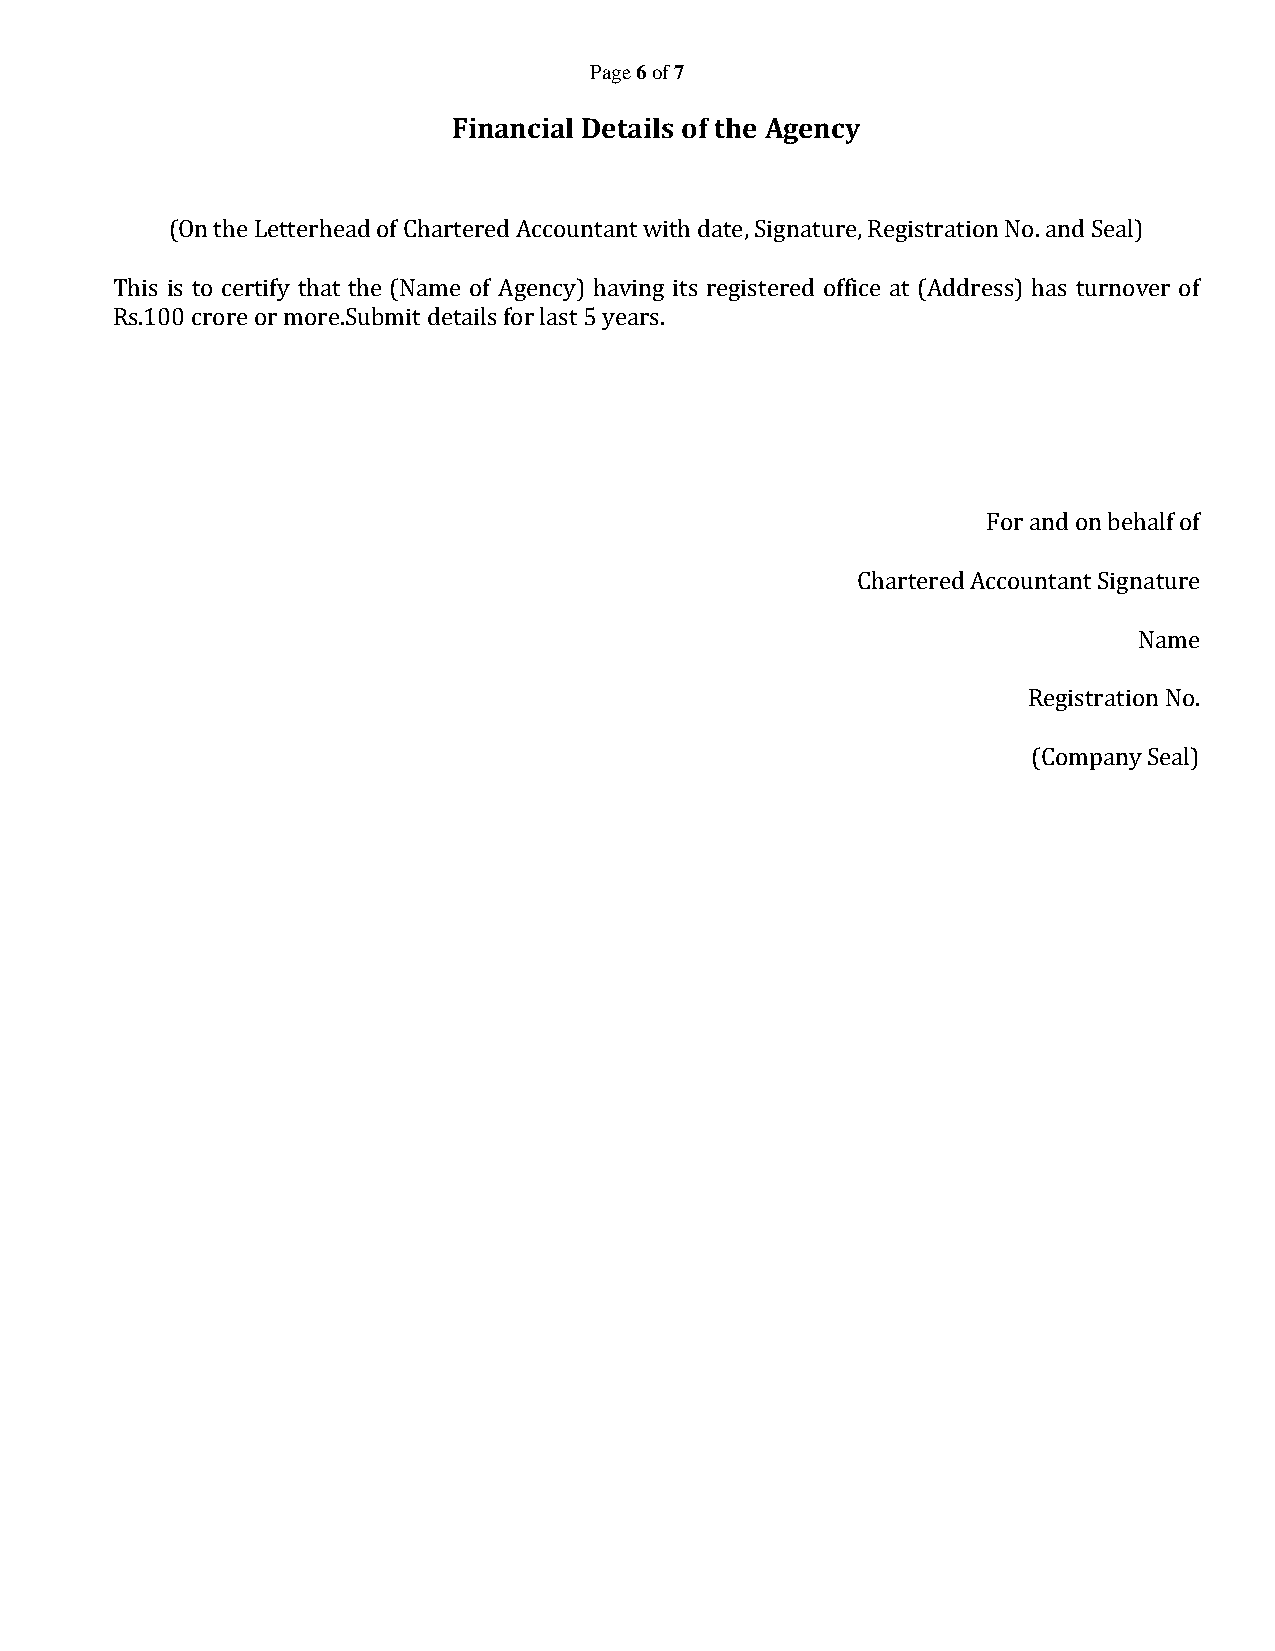
Page 6 of 7
 Financial Details of the Agency
 (On the Letterhead of Chartered Accountant with date, Signature, Registration No. and Seal)
 This is to certify that the (Name of Agency) having its registered office at (Address) has turnover of
 Rs.100 crore or more.Submit details for last 5 years.
 For and on behalf of
 Chartered Accountant Signature
 Name
 Registration No.
 (Company Seal)